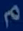
م